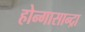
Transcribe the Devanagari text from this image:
होन्गासान्द्रा